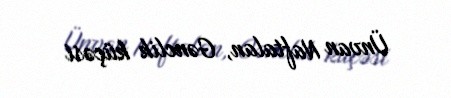
Ünvan Naftalan, Gənclik küçəsi